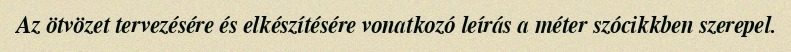
Az ötvözet tervezésére és elkészítésére vonatkozó leírás a méter szócikkben szerepel.